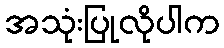
အသုံးပြုလိုပါက